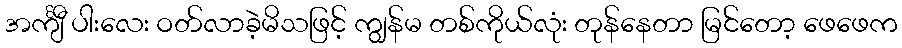
အင်္ကျီ ပါးလေး ဝတ်လာခဲ့မိသဖြင့် ကျွန်မ တစ်ကိုယ်လုံး တုန်နေတာ မြင်တော့ ဖေဖေက